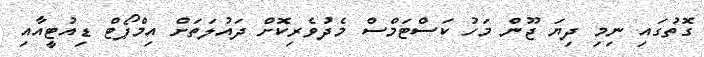
ގޮތުގައި ނިމި ދިޔަ ޖޫން މަހު ކަސްޓަމްސް މެދުވެރިކޮށް ދައުލަތަށް އިމްޕޯޓް ޑިއުޓީއާއި